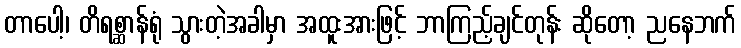
တာပေါ့၊ တိရစ္ဆာန်ရုံ သွားတဲ့အခါမှာ အထူးအားဖြင့် ဘာကြည့်ချင်တုန်း ဆိုတော့ ညနေဘက်